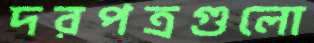
দরপত্রগুলো